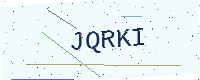
Text: JQRKI